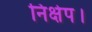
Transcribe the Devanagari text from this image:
निक्षेप।